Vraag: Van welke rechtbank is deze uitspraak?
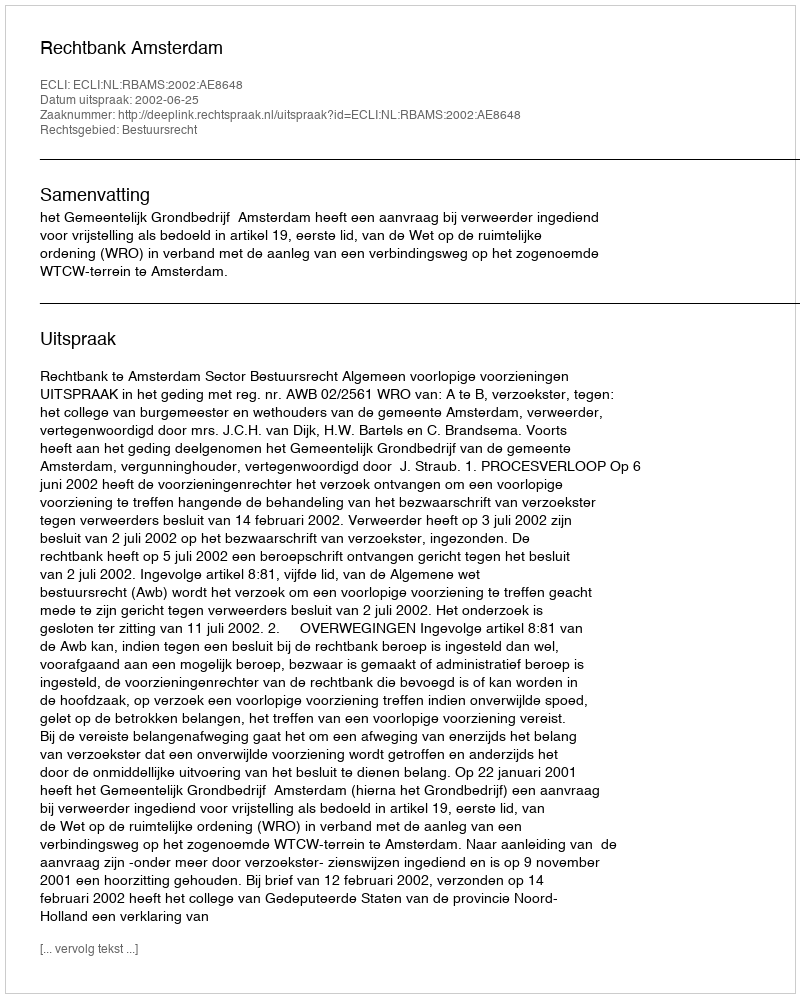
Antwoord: Rechtbank Amsterdam